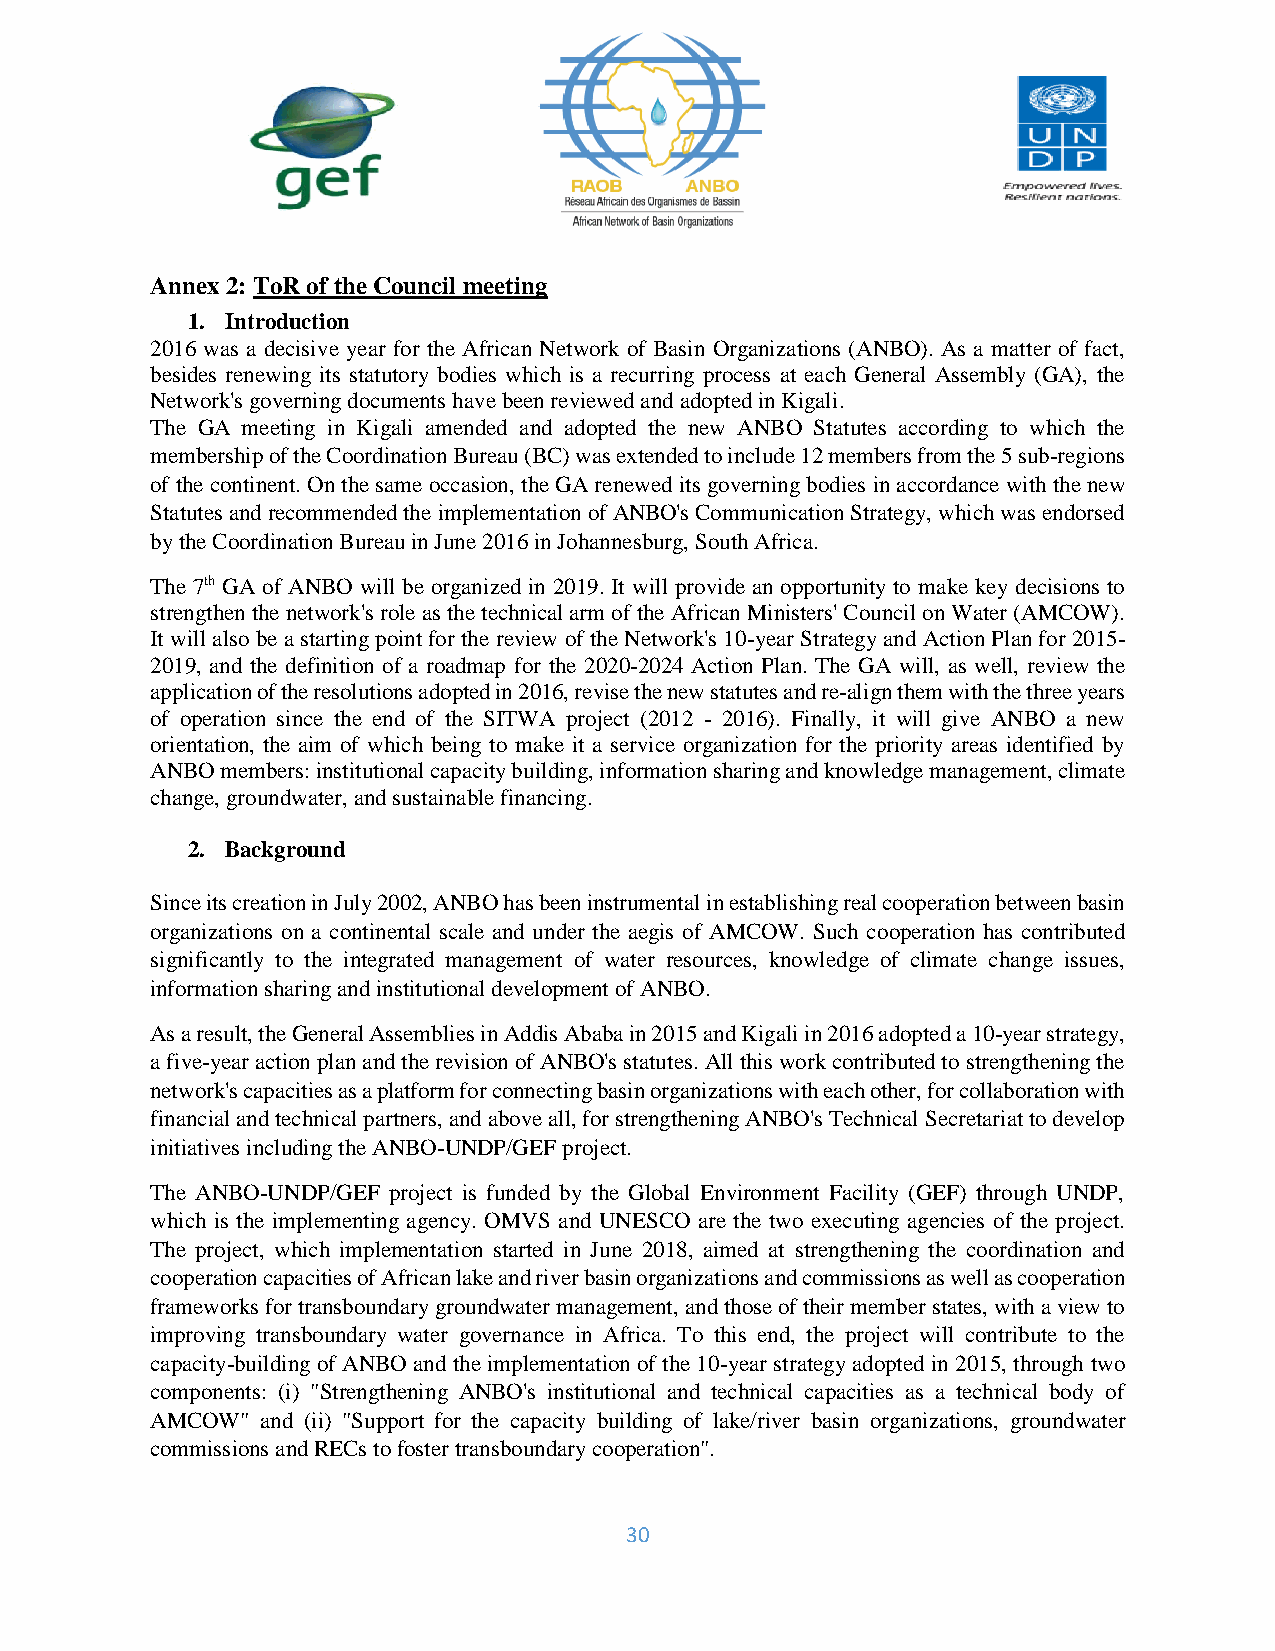
Annex 2: ToR of the Council meeting
 1. Introduction
 2016 was a decisive year for the African Network of Basin Organizations (ANBO). As a matter of fact,
 besides renewing its statutory bodies which is a recurring process at each General Assembly (GA), the
 Network's governing documents have been reviewed and adopted in Kigali.
 The GA meeting in Kigali amended and adopted the new ANBO Statutes according to which the
 membership of the Coordination Bureau (BC) was extended to include 12 members from the 5 sub-regions
 of the continent. On the same occasion, the GA renewed its governing bodies in accordance with the new
 Statutes and recommended the implementation of ANBO's Communication Strategy, which was endorsed
 by the Coordination Bureau in June 2016 in Johannesburg, South Africa.
 The 7th GA of ANBO will be organized in 2019. It will provide an opportunity to make key decisions to
 strengthen the network's role as the technical arm of the African Ministers' Council on Water (AMCOW).
 It will also be a starting point for the review of the Network's 10-year Strategy and Action Plan for 2015-
 2019, and the definition of a roadmap for the 2020-2024 Action Plan. The GA will, as well, review the
 application of the resolutions adopted in 2016, revise the new statutes and re-align them with the three years
 of operation since the end of the SITWA project (2012 - 2016). Finally, it will give ANBO a new
 orientation, the aim of which being to make it a service organization for the priority areas identified by
 ANBO members: institutional capacity building, information sharing and knowledge management, climate
 change, groundwater, and sustainable financing.
 2. Background
 Since its creation in July 2002, ANBO has been instrumental in establishing real cooperation between basin
 organizations on a continental scale and under the aegis of AMCOW. Such cooperation has contributed
 significantly to the integrated management of water resources, knowledge of climate change issues,
 information sharing and institutional development of ANBO.
 As a result, the General Assemblies in Addis Ababa in 2015 and Kigali in 2016 adopted a 10-year strategy,
 a five-year action plan and the revision of ANBO's statutes. All this work contributed to strengthening the
 network's capacities as a platform for connecting basin organizations with each other, for collaboration with
 financial and technical partners, and above all, for strengthening ANBO's Technical Secretariat to develop
 initiatives including the ANBO-UNDP/GEF project.
 The ANBO-UNDP/GEF project is funded by the Global Environment Facility (GEF) through UNDP,
 which is the implementing agency. OMVS and UNESCO are the two executing agencies of the project.
 The project, which implementation started in June 2018, aimed at strengthening the coordination and
 cooperation capacities of African lake and river basin organizations and commissions as well as cooperation
 frameworks for transboundary groundwater management, and those of their member states, with a view to
 improving transboundary water governance in Africa. To this end, the project will contribute to the
 capacity-building of ANBO and the implementation of the 10-year strategy adopted in 2015, through two
 components: (i) "Strengthening ANBO's institutional and technical capacities as a technical body of
 AMCOW" and (ii) "Support for the capacity building of lake/river basin organizations, groundwater
 commissions and RECs to foster transboundary cooperation".
 30